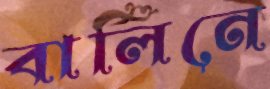
বার্লিনে